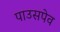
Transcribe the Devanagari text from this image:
पाउसपेव